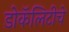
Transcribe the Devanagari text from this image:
डोकॅलिटीचे